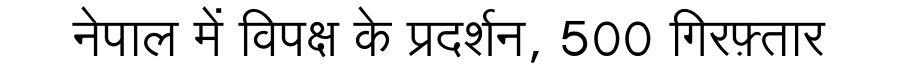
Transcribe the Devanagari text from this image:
नेपाल में विपक्ष के प्रदर्शन, 500 गिरफ़्तार